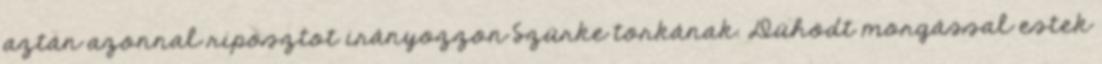
aztán azonnal riposztot irányozzon Szürke torkának. Dühödt morgással estek